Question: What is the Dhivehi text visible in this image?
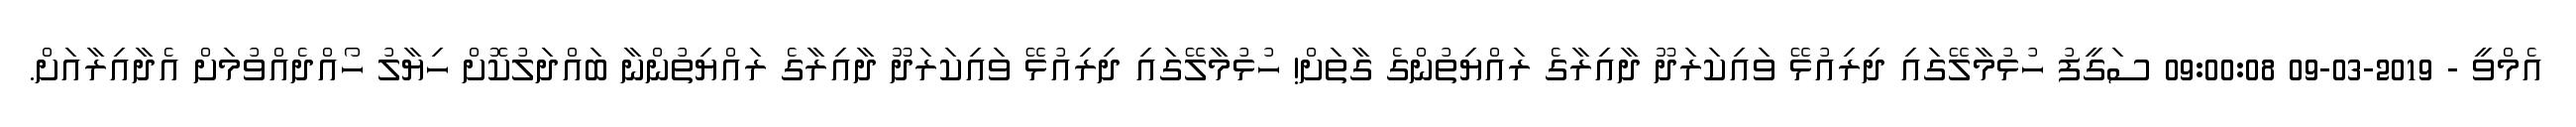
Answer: އެމްވީ - 2019-03-09 09:00:08 ސަގީފު ހުޅުމާލޭގައި ދިރިއުޅޭ ވައިކަރަދޫ ދާއިރާގެ ރައްޔިތުންގެ ގާތަށް! ހުޅުމާލޭގައި ދިރިއުޅޭ ވައިކަރަދޫ ދާއިރާގެ ރައްޔިތުންނާ ބައްދަލުކޮށް ހިޔާލު ހޯއްދެއްވުމަށް އެދާއިރާއަށް.